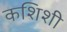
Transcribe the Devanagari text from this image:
कशिशी